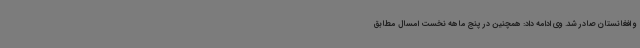
و افغانستان صادر شد. وی ادامه داد: همچنین در پنج ماهه نخست امسال مطابق